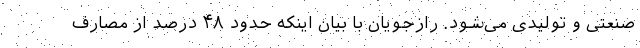
صنعتی و تولیدی می‌شود. رازجویان با بیان اینکه حدود ۴۸ درصد از مصارف